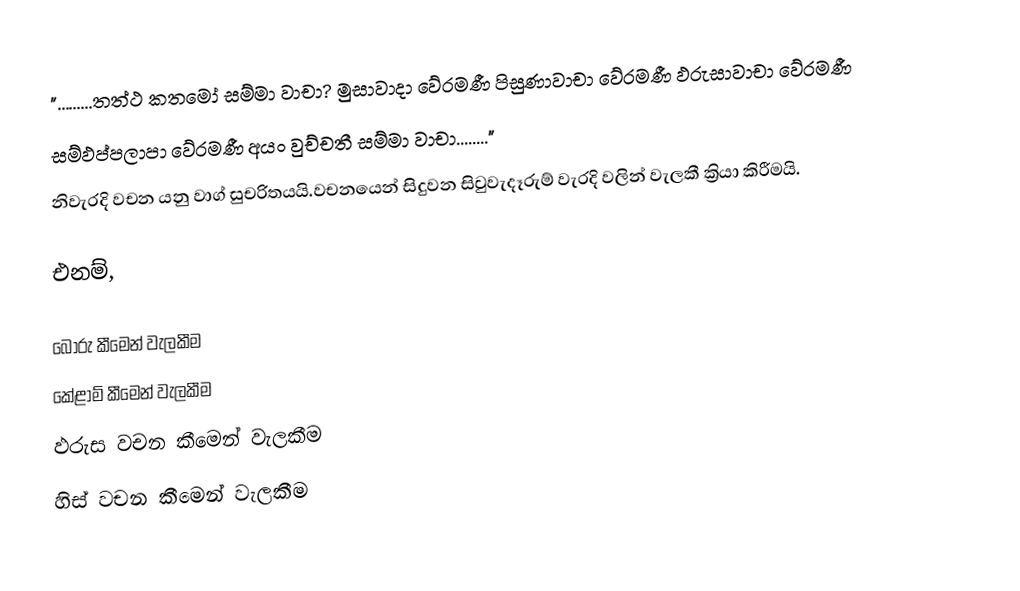
".........තත්ථ කතමෝ සම්මා වාචා? මුසාවාදා වේරමණී පිසුණාවාචා වේරමණී ඵරුසාවාචා වේරමණී
සම්ඵප්පලාපා වේරමණී අයං වුච්චතී සම්මා වාචා........"
නිවැරදි වචන යනු වාග් සුචරිතයයි.වචනයෙන් සිදුවන සිවුවැදෑරුම් වැරදි වලින් වැලකී ක්‍රියා කිරීමයි.

එනම්,

බොරු කීමෙන් වැලකීම
කේළාම් කීමෙන් වැලකීම
ඵරුස වචන කීමෙන් වැලකීම
හිස් වචන කීමෙන් වැලකීම